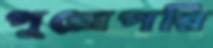
পুরোপরি